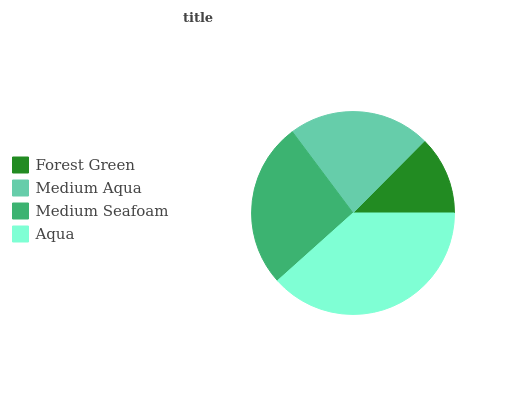
| Forest Green | Medium Aqua | Medium Seafoam | Aqua |
 | --- | --- | --- | --- |
 | 12.6% | 22.6% | 26.4% | 38.4% |